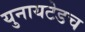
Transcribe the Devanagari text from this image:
युनायटेडच